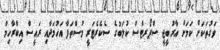
ވަގުތަކަށް ކަމަށް އާރުބީޖީ ސްޕޯރޓްސް ކުލަބުގެ ސެކެރެޓަރީ މުސްތަފާ އަހުމަދާއި ރައީސް އިބްރާހިމް